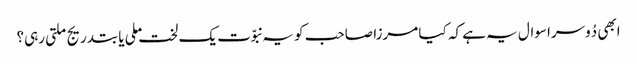
ابھی دُوسرا سوال یہ ہے کہ کیا مرزا صاحب کو یہ نبوّت یک لخت ملی یا بتدریج ملتی رہی؟